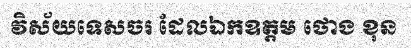
វិស័យទេសចរ ដែលឯកឧត្តម ថោង ខុន